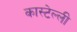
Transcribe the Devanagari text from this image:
कास्टेल्ली